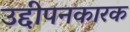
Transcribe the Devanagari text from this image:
उद्दीपनकारक